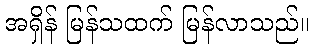
အရှိန် မြန်သထက် မြန်လာသည်။